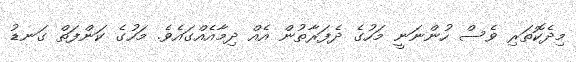
މިދެކޮތަރި ވެސް ހުންނަނީ މަހުގެ ދެފަރާތުން އެއް ދިމާއެއްގައެވެ. މަހުގެ ކަންފަތް ގަނޑު